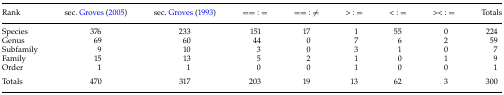
<table><thead><tr><td><b>Rank</b></td><td><b>sec. Groves (2005)</b></td><td><b>sec. Groves (1993)</b></td><td><b>== : =</b></td><td><b>== : ≠</b></td><td><b>&gt; : =</b></td><td><b>&lt; : =</b></td><td><b>&gt;&lt; : =</b></td><td><b>Totals</b></td></tr></thead><tbody><tr><td>Species</td><td>376</td><td>233</td><td>151</td><td>17</td><td>1</td><td>55</td><td>0</td><td>224</td></tr><tr><td>Genus</td><td>69</td><td>60</td><td>44</td><td>0</td><td>7</td><td>6</td><td>2</td><td>59</td></tr><tr><td>Subfamily</td><td>9</td><td>10</td><td>3</td><td>0</td><td>3</td><td>1</td><td>0</td><td>7</td></tr><tr><td>Family</td><td>15</td><td>13</td><td>5</td><td>2</td><td>1</td><td>0</td><td>1</td><td>9</td></tr><tr><td>Order</td><td>1</td><td>1</td><td>0</td><td>0</td><td>1</td><td>0</td><td>0</td><td>1</td></tr><tr><td>Totals</td><td>470</td><td>317</td><td>203</td><td>19</td><td>13</td><td>62</td><td>3</td><td>300</td></tr></tbody></table>